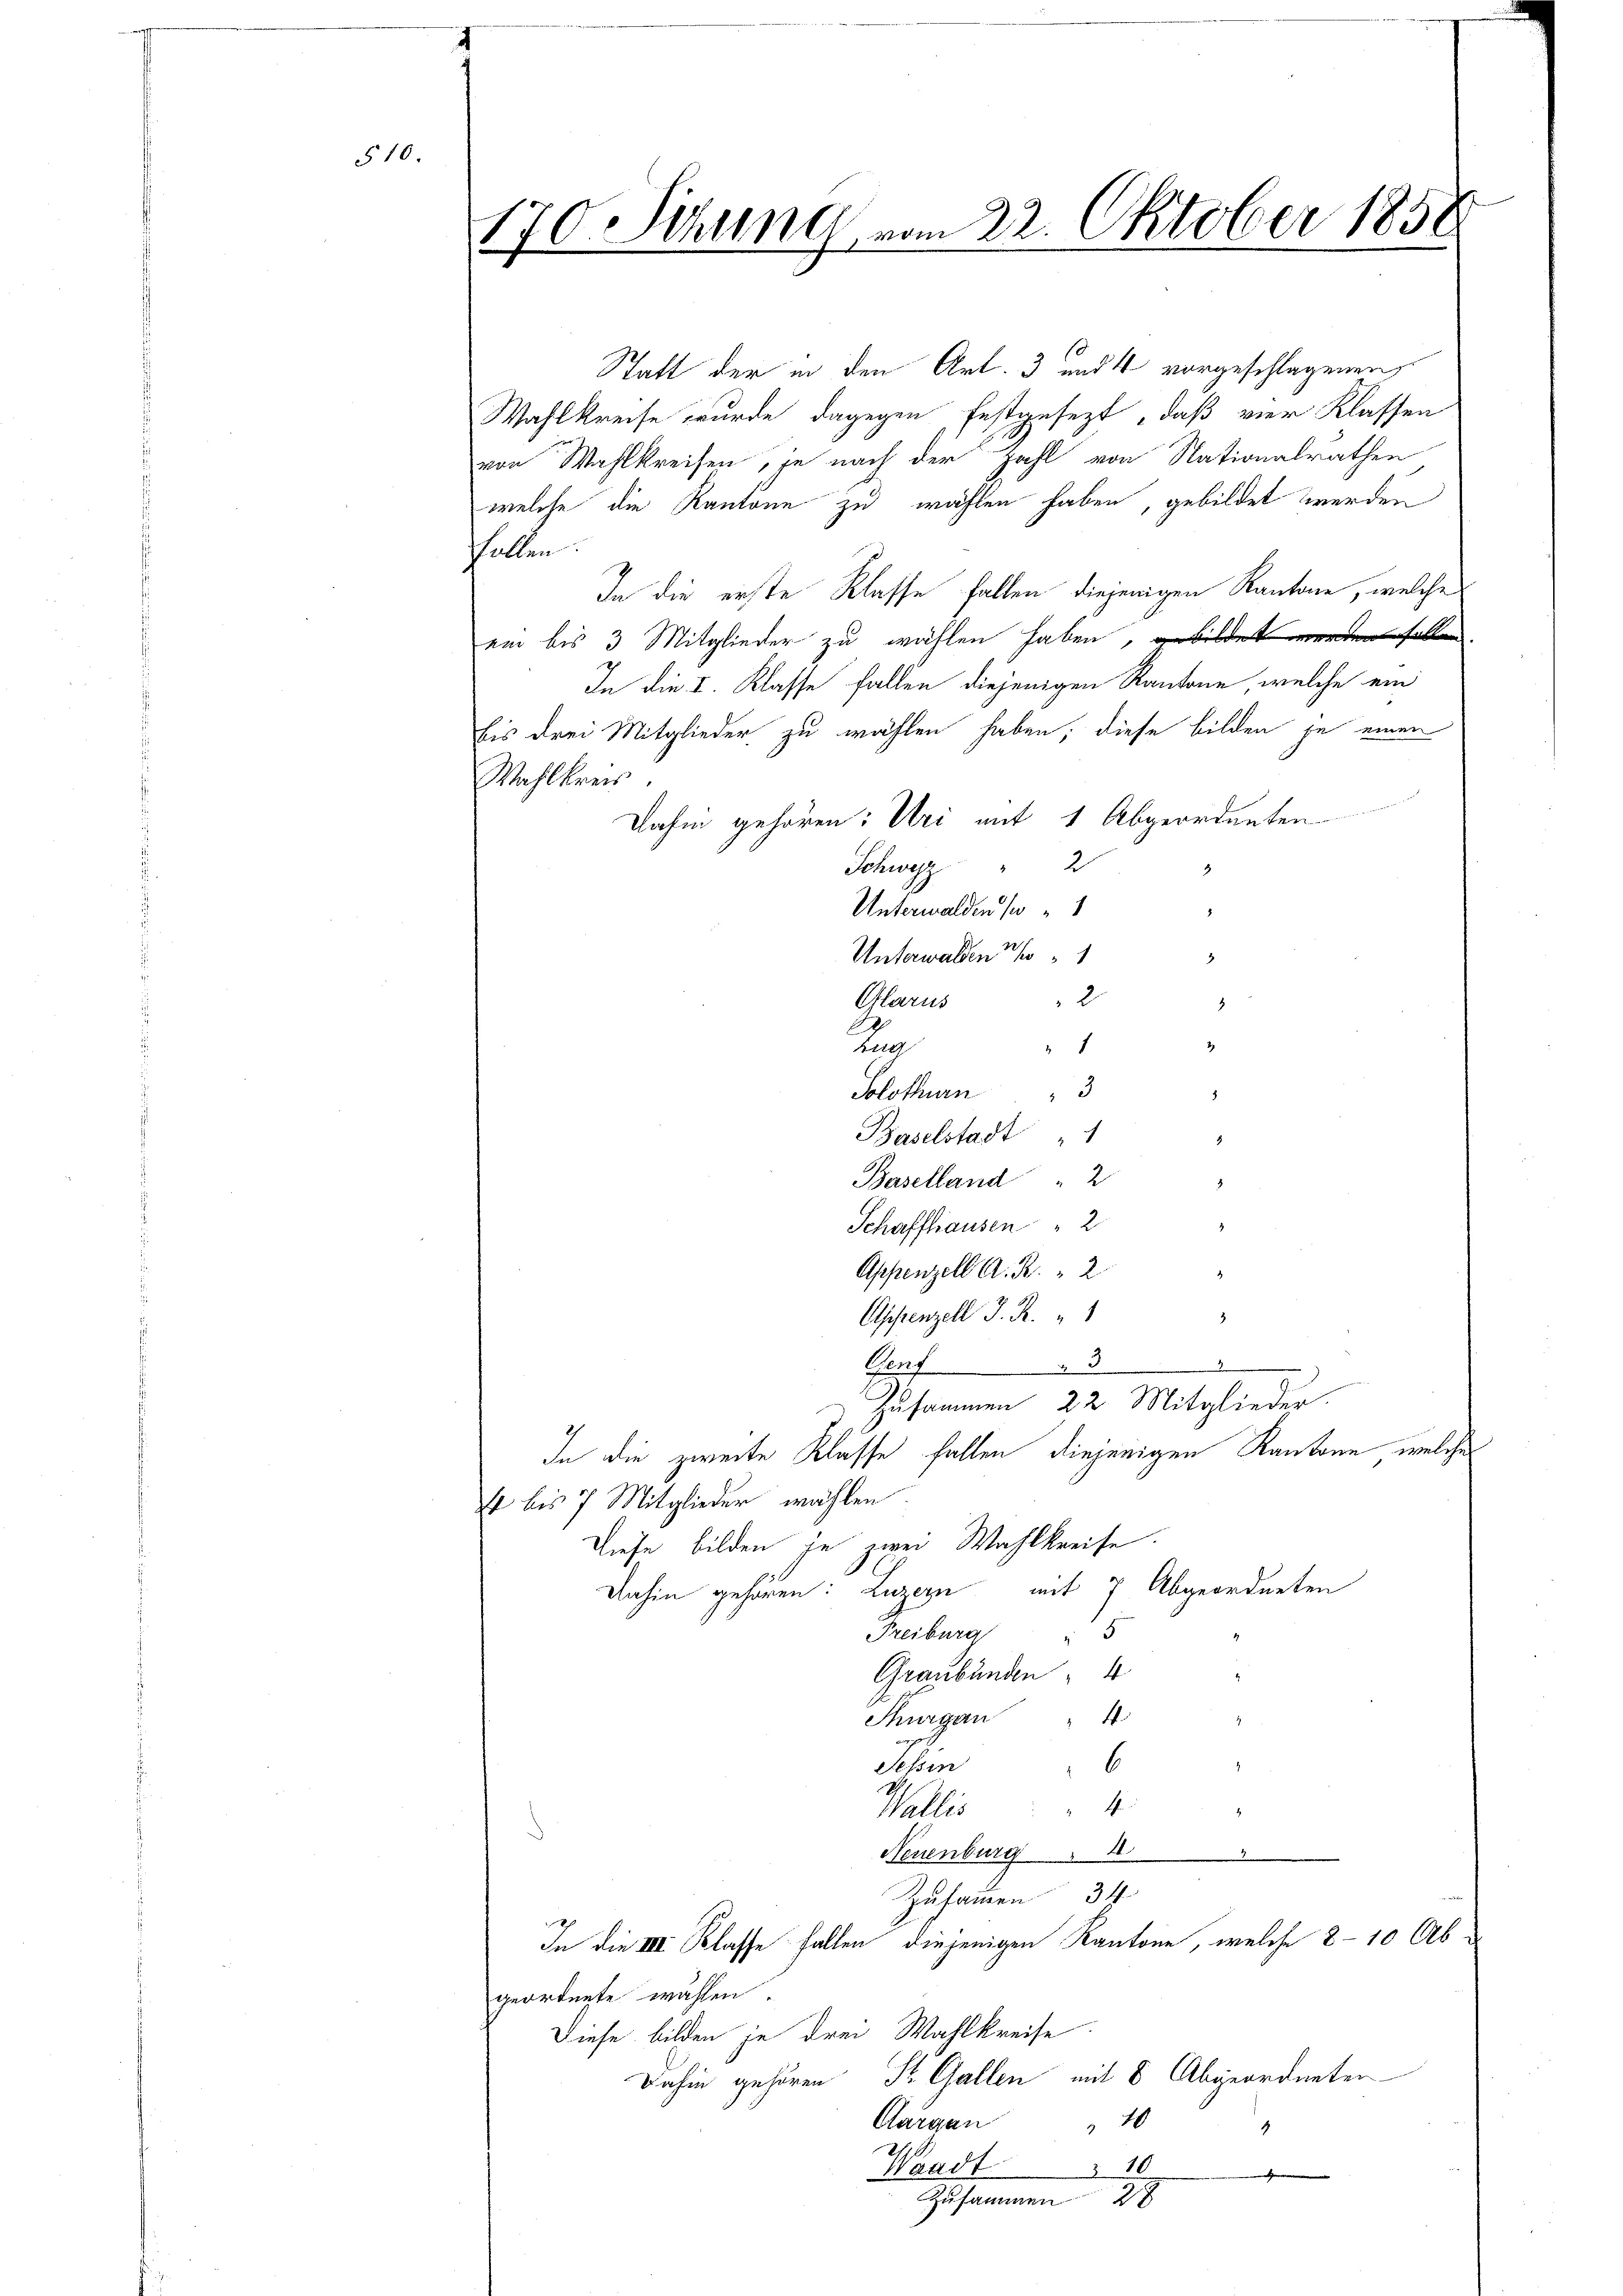
510.

Statt der in den Art. 3 und 4 vorgeschlagenen
Wahlkreise wurde dagegen festgesezt, daß vier Klassen
von Wahlkreisen, je nach der Zahl von Nationalrathen
welche die Kantone zu wählen haben, gebildet werden
Follen.
In die erste Klasse fallen diejenigen Kantone, welche
ein bis 3 Mitglieder zu wählen haben, fallen
In die I. Klasse fallen diejenigen Kantone, welche ein
Eis drei Mitglieder zu wählen haben, diese bilden je einen
Wahlkreis
Dahin gehören: Uri mit 1 Abgeordneten
Schweiz " 2
Unterwalden so
Unterwalden 3/1
2
Glarus
n
1
Solothurn " 3
8
Baselstadt 1
8
Baselland " 2
8.
Schaffhausen " 2
2
Appenzell A. R. 2
.
Aszenzell I. R. 1
3
e
Genf 3
Zusammen 22. Mitglieder.
In die zweite Klasse fallen diejenigen Kantone, welches
4 bis 7 Mitglieder wählen
Diese bilden je zwei Wahlkreise.
Dahin gehören: Luzern mit 7 Abgeordneten
5
Freiburg
Graubünden " 4
4
Thurgau
4
6
.
Jehin
4.
.
Wallis
Neuenburg 4
u
Zusammen 34
In die III. Klasse fallen diejenigen Kantone, welche 8-10 Abgeordnete wählen.
Diese bilden je drei Wahlkreise
Dahin gehören St. Gallen mit 8 Abgeordneten
Aargau
10
1
Waadt 10
u
Zusammen 28

170 Sitzung vom 22. Oktober 1850
f

2
2)